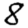
Digit: 8